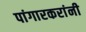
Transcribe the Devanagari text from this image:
पांगारकरांनी